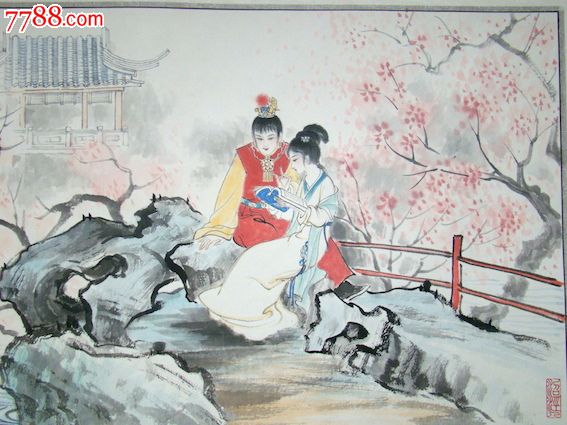
犹怜惯去国，疑是梦还家。